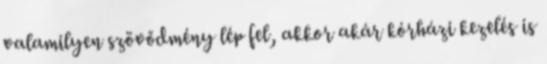
valamilyen szövődmény lép fel, akkor akár kórházi kezelés is